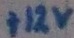
Text: +12V